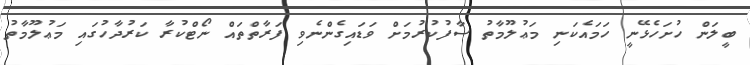
ބީލަން ހުށަހެޅޭނީ ހަމައެކަނި މަޢުލޫމާތު ސާފުކުރުމަށް ވަޑައިގެންނެވި ފަރާތްތައް ނޯޓްކުރާ ކަރުދާހުގައި މަޢުލޫމާތު